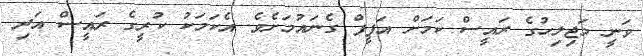
ވަނީ މަޖިލިހުގެ ރައީސް ކަމަށް އަފީފް ގެނައުމަށެވެ. އެކަމަކު ކުރީގެ ރައީސް އަދި